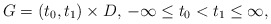
\begin{align*} G = (t_0, t_1) \times D, \, -\infty \le t_0 < t_1 \le \infty,\end{align*}